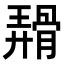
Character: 𬴑